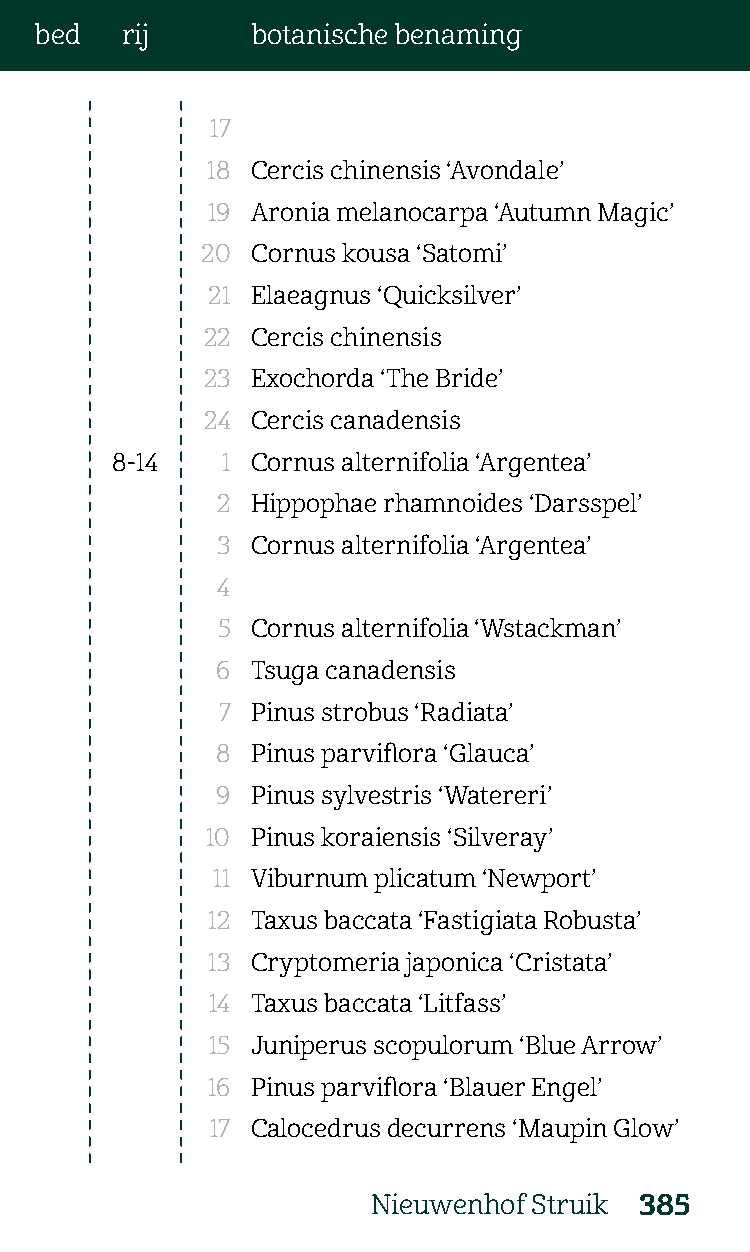
bed   rij      botanische benaming
 17
 18 Cercis chinensis ‘Avondale’
 19 Aronia melanocarpa ‘Autumn Magic’
 20  Cornus kousa ‘Satomi’
 21 Elaeagnus ‘Quicksilver’
 22  Cercis chinensis
 23  Exochorda ‘The Bride’
 24 Cercis canadensis
 8-14    1 Cornus alternifolia ‘Argentea’
 2  Hippophae rhamnoides ‘Darsspel’
 3  Cornus alternifolia ‘Argentea’
 4
 5  Cornus alternifolia ‘Wstackman’
 6  Tsuga canadensis
 7  Pinus strobus ‘Radiata’
 8  Pinus parviflora ‘Glauca’
 9  Pinus sylvestris ‘Watereri’
 10 Pinus koraiensis ‘Silveray’
 11 Viburnum plicatum ‘Newport’
 12 Taxus baccata ‘Fastigiata Robusta’
 13 Cryptomeria japonica ‘Cristata’
 14 Taxus baccata ‘Litfass’
 15 Juniperus scopulorum ‘Blue Arrow’
 16 Pinus parviflora ‘Blauer Engel’
 17 Calocedrus decurrens ‘Maupin Glow’
 Nieuwenhof Struik 385